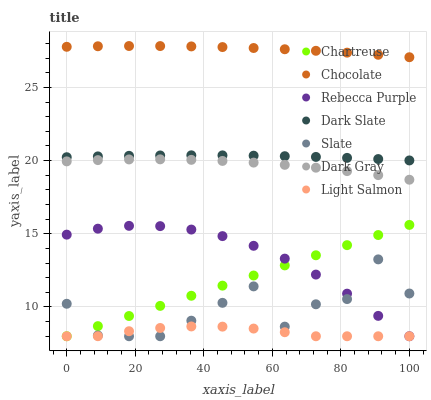
| xaxis_label | Chartreuse | Chocolate | Rebecca Purple | Dark Slate | Slate | Dark Gray | Light Salmon |
 | --- | --- | --- | --- | --- | --- | --- | --- |
 | 0 | 8 | 27.8 | 14.9 | 20.2 | 10.2 | 19.9 | 8 |
 | 9.09 | 8.69 | 27.8 | 15.3 | 20.3 | 8.06 | 20 | 8 |
 | 18.2 | 9.38 | 27.8 | 15.5 | 20.3 | 8 | 20.1 | 8.34 |
 | 27.3 | 10.1 | 27.8 | 15.5 | 20.4 | 8 | 20.1 | 8.57 |
 | 36.4 | 10.8 | 27.8 | 15.3 | 20.4 | 9.06 | 20.1 | 8.67 |
 | 45.5 | 11.5 | 27.8 | 14.8 | 20.4 | 10.3 | 20 | 8.66 |
 | 54.5 | 12.1 | 27.7 | 14.2 | 20.3 | 11.4 | 19.9 | 8.52 |
 | 63.6 | 12.8 | 27.6 | 13.3 | 20.3 | 8.66 | 19.7 | 8.28 |
 | 72.7 | 13.5 | 27.5 | 12.2 | 20.3 | 10.2 | 19.5 | 8 |
 | 81.8 | 14.2 | 27.4 | 10.9 | 20.2 | 10.5 | 19.3 | 8 |
 | 90.9 | 14.9 | 27.2 | 9.39 | 20.1 | 13.3 | 19 | 8 |
 | 100 | 15.6 | 27.1 | 8 | 20 | 10.9 | 18.7 | 8 |